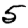
Digit: 5